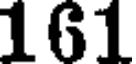
161